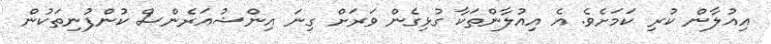
އިއުލާން ކުރި ކަމަށެވެ. އެ އިއުލާންތަކާ ގުޅިގެން ވަރަށް ގިނަ އިންޝުއަރެންސް ކުންފުނިތަކުން